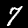
Digit: 7